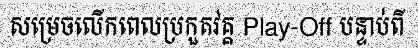
សម្រេចលើកពេលប្រកួតវគ្គ Play-Off បន្ទាប់ពី